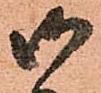
御